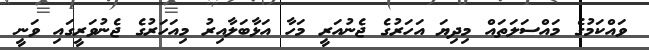
ވައްކަމުގެ މައްސަލަތައް މިދިޔަ އަހަރުގެ ޖެނުއަރީ މަހާ އަޅާބަލާއިރު މިއަހަރުގެ ޖެނުވަރީގައި ވަނީ